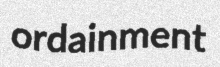
ordainment